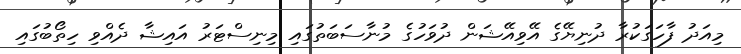
މިއަދު ފާހަގަކުރާ ދުނިޔޭގެ އޭވިއޭޝަން ދުވަހުގެ މުނާސަބަތުގައި މިނިސްޓަރު އައިޝާ ދެއްވި ހިތޯބުގައި